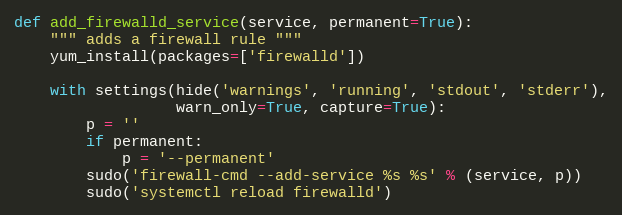
Language: Python
def add_firewalld_service(service, permanent=True):
    """ adds a firewall rule """
    yum_install(packages=['firewalld'])

    with settings(hide('warnings', 'running', 'stdout', 'stderr'),
                  warn_only=True, capture=True):
        p = ''
        if permanent:
            p = '--permanent'
        sudo('firewall-cmd --add-service %s %s' % (service, p))
        sudo('systemctl reload firewalld')